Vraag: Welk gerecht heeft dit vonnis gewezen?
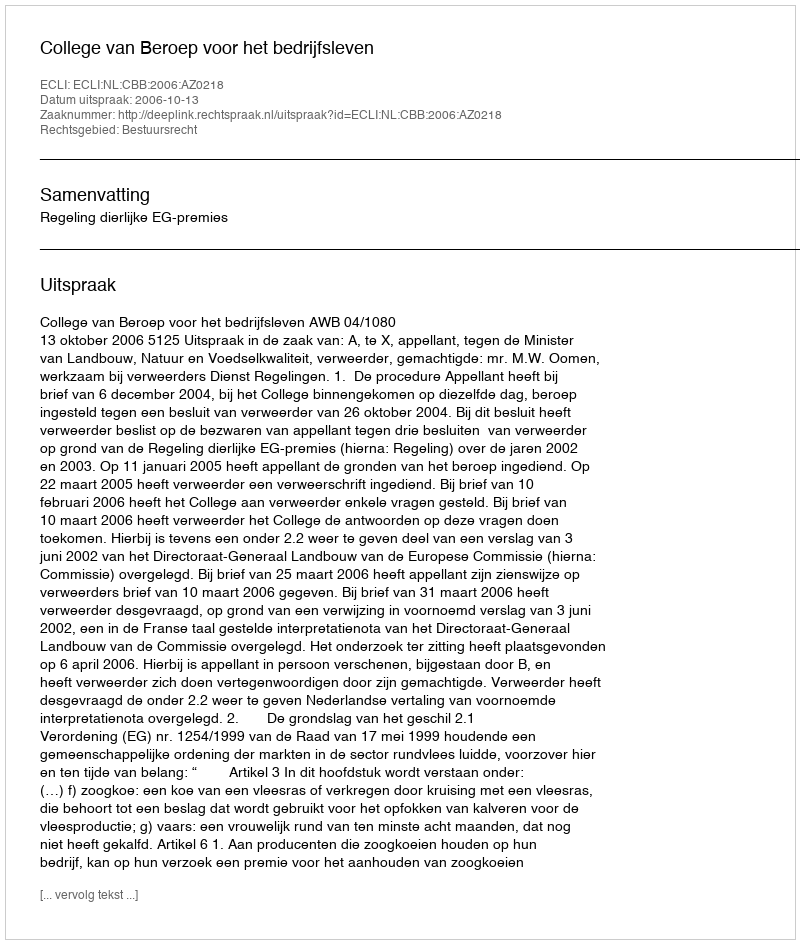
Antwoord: College van Beroep voor het bedrijfsleven